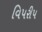
વિપરીપ